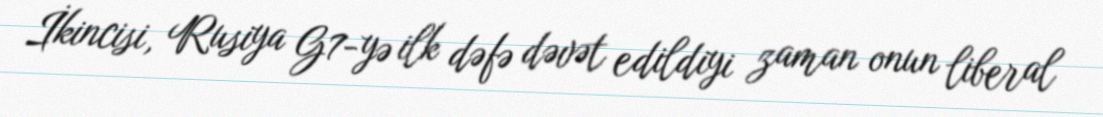
İkincisi, Rusiya G7-yə ilk dəfə dəvət edildiyi zaman onun liberal